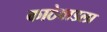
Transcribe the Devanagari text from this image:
काठेवाडला